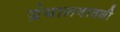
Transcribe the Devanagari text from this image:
ग्रंथालयातली